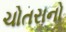
ચોતરાનો